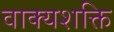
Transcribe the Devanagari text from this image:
वाक्यशक्ति